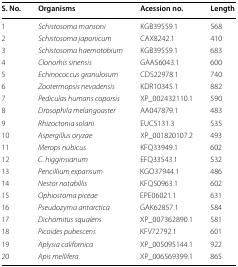
<table><thead><tr><td><b>S. No.</b></td><td><b>Organisms</b></td><td><b>Acession no.</b></td><td><b>Length</b></td></tr></thead><tbody><tr><td>1</td><td><i>Schistosoma mansoni</i></td><td>KGB39559.1</td><td>568</td></tr><tr><td>2</td><td><i>Schistosoma japonicum</i></td><td>CAX8242.1</td><td>410</td></tr><tr><td>3</td><td><i>Schistosoma haemotobium</i></td><td>KGB39559.1</td><td>683</td></tr><tr><td>4</td><td><i>Clonorhis sinensis</i></td><td>GAA56043.1</td><td>600</td></tr><tr><td>5</td><td><i>Echinococcus granulosum</i></td><td>CDS22978.1</td><td>740</td></tr><tr><td>6</td><td><i>Zootermopsis nevadensis</i></td><td>KDR10345.1</td><td>882</td></tr><tr><td>7</td><td><i>Pediculas humans coporsis</i></td><td>XP_002432110.1</td><td>590</td></tr><tr><td>8</td><td><i>Drosophila melangoaster</i></td><td>AA047879.1</td><td>483</td></tr><tr><td>9</td><td><i>Rhizoctonia solani</i></td><td>EUC5131.3</td><td>535</td></tr><tr><td>10</td><td><i>Aspergillus oryzae</i></td><td>XP_001820107.2</td><td>493</td></tr><tr><td>11</td><td><i>Merops nubicus</i></td><td>KFQ33949.1</td><td>602</td></tr><tr><td>12</td><td><i>C. higginsianum</i></td><td>EFQ33543.1</td><td>532</td></tr><tr><td>13</td><td><i>Pencillium expansum</i></td><td>KGO37944.1</td><td>486</td></tr><tr><td>14</td><td><i>Nestor notabillis</i></td><td>KFQ50963.1</td><td>602</td></tr><tr><td>15</td><td><i>Ophiostoma piceae</i></td><td>EPE06021.1</td><td>631</td></tr><tr><td>16</td><td><i>Pseudozyma antarctica</i></td><td>GAK62857.1</td><td>584</td></tr><tr><td>17</td><td><i>Dichomitus squalens</i></td><td>XP_007362890.1</td><td>581</td></tr><tr><td>18</td><td><i>Picoides pubescens</i></td><td>KFV72792.1</td><td>601</td></tr><tr><td>19</td><td><i>Aplysia californica</i></td><td>XP_005095144.1</td><td>922</td></tr><tr><td>20</td><td><i>Apis mellifera</i></td><td>XP_006569399.1</td><td>865</td></tr></tbody></table>